Vaccination report Assam 1874-1896 - 1874-1896
Year: 1874
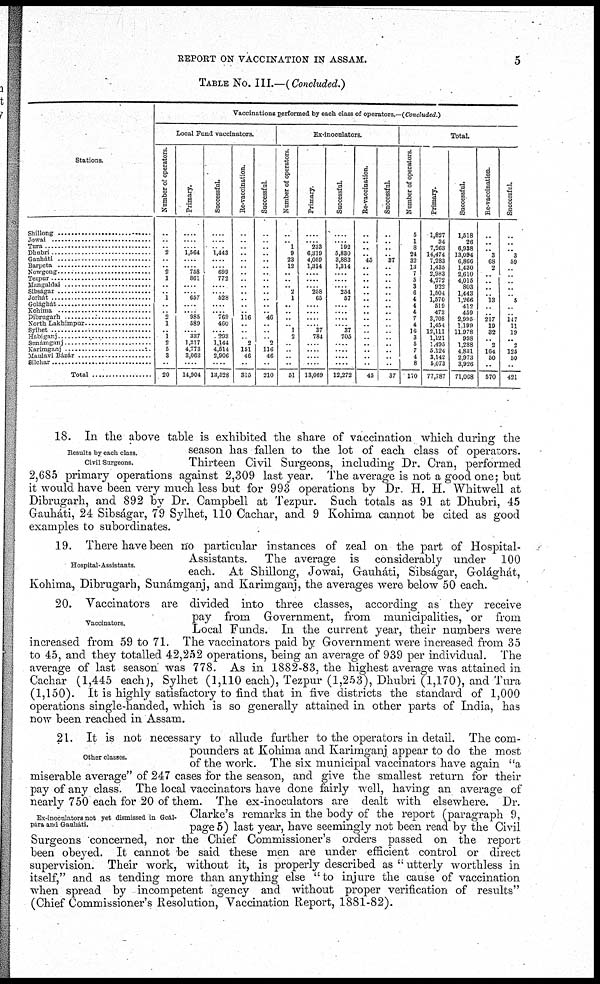
REPORT ON VACCINATION IN ASSAM.
5
TABLE NO. III.—(Concluded.)
Stations.
Shillong
Jowai
Tura ............................
Dhubri ....................
Gauháti ......................
Barpta ....................
Nowgong ..................
Tezpur .....................
Mangaldai
Sibságar .................
Jorhát Golághát
Kohima
Dibrugarh ....................
North Lakhimpur ............
Sylhet ....................
Habiganj .................
Sunámaganj .............
Karimaganj ...............
Maulavi Bázár ..................
Silchar
Total ..............
Vaccinations performed by each class of operators.—(Concluded )
Local Fond vaccinators.
Number of operators.
..
..
.. 2
..
.. 2
1
.. .. 1
..
.. 2
1
.. 1
2
5
3
..
20
Primary.
....
....
.... 1,564
....
.... 758
861
....
.... 657
....
.... 985
589
.... 337
1,317
4,773
3,063
....
14,904
Successful.
....
....
.... 1,443
....
.... 699
772
....
.... 528
....
.... 769
460
.... 293
1,144
4,514
2,906
....
13,528
Re-vaccination.
..
..
..
..
..
.. ..
..
.. ..
..
..
..
116
..
..
.. 2
151
46
..
315
Successful.
..
..
..
..
..
..
..
..
..
..
..
..
.. 46
.. ..
.. 2
116
46
..
210
Ex-inoculators.
Number of operators.
..
.. 1
9
23
12
..
..
.. 2
1
..
..
..
.. 1
2
..
.. ..
..
51
Primary.
....
.... 233
6,319
4,059
1,314
....
....
.... 258
65
....
....
....
.... 37
784
....
....
....
....
13,069
Successful.
....
.... 192
5,830
3,883
1,314
....
.... 254
57
....
....
....
.... 37
705
....
....
....
....
12,272
Re-vaccination.
..
..
..
.. 45
..
..
..
..
..
..
..
..
..
..
..
..
..
..
..
..
45
Successful.
..
..
..
.. 37
..
.. ..
..
..
..
..
..
..
..
..
.. ..
..
.. ..
37
Total.
Number of operators.
5
1
8
24
32
13
7
5
3
6
4
4
4
7
4
16
3
5
7
4
8
170
Primary.
1,827
34
7,263
14,474
7,283
1,435
2,983
4,272
922
1,504
1,570
519
473
3,708
1,454
12,111
1,121
1,495
5,124
3,142
5,073
77,787
Successful.
1,518
26
6,938
13,094
6,866
1,430
2,610
4,015
803
1,443
1,266
412
459
2,905
1,199
11,978
998
1,288
4,831
2,973
3,926
71,068
Re-vaccination.
..
..
.. 3
68
2
..
..
..
.. 13
..
.. 217
19
32
.. 2
164
50
..
570
Successful.
..
..
.. 3
59
..
..
..
..
.. 5
..
.. 147
11
19
.. 2
125
50
..
421
Results by each class.
Civil Surgeons.
18. In the above table is exhibited the share of vaccination which during the
season has fallen to the lot of each class of operators.
Thirteen Civil Surgeons, including Dr. Cran, performed
2,685 primary operations against 2,309 last year. The average is not a good one; but
it would have been very much less but for 993 operations by Dr. H. H. Whitwell at
Dibrugarh, and 892 by Dr. Campbell at Tezpur. Such totals as 91 at Dhubri, 45
Gauháti, 24 Sibságar, 79 Sylhet, 110 Cachar, and 9 Kohima cannot be cited as good
examples to subordinates.
Hospital-Assistants.
19. There have been no particular instances of zeal on the part of Hospital-
Assistants. The average is considerably under 100
each. At Shillong, Jowai, Gauháti, Sibságar, Golághát,
Kohima, Dibrugarh, Sunámganj, and Karimganj, the averages were below 50 each.
Vaccinators.
20. Vaccinators are divided into three classes, according as they receive
pay from Government, from municipalities, or from
Local Funds. In the current year, their numbers were
increased from 59 to 71. The vaccinators paid by Government were increased from 35
to 45, and they totalled 42,252 operations, being an average of 939 per individual. The
average of last season was 778. As in 1882-83, the highest average was attained in
Cachar (1,445 each), Sylhet (1,110 each), Tezpur (1,253), Dhubri (1,170), and Tura
(1,150). It is highly satisfactory to find that in five districts the standard of 1,000
operations single-handed, which is so generally attained in other parts of India, has
now been reached in Assam.
Other classes.
Ex-inoculators not yet dismissed in Goál-
pára and Gauháti.
21. It is not necessary to allude further to the operators in detail. The com-
pounders at Kohima and Karimganj appear to do the most
of the work. The six municipal vaccinators have again "a
miserable average" of 247 cases for the season, and give the smallest return for their
pay of any class. The local vaccinators have done fairly well, having an average of
nearly 750 each for 20 of them. The ex-inoculators are dealt with elsewhere. Dr.
Clarke's remarks in the body of the report (paragraph 9,
page 5) last year, have seemingly not been read by the Civil
Surgeons concerned, nor the Chief Commissioner's orders passed on the report
been obeyed. It cannot be said these men are under efficient control or direct
supervision. Their work, without it, is properly described as " utterly worthless in
itself," and as tending more than anything else " to injure the cause of vaccination
when spread by incompetent agency and without proper verification of results"
(Chief Commissioner's Resolution, Vaccination Report, 1881-82).